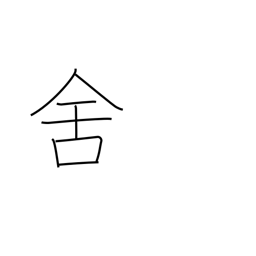
Meaning: inn